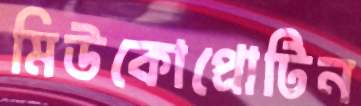
মিউকোপ্রোটিন